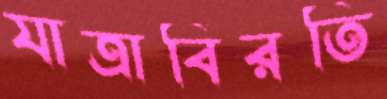
যাত্রাবিরতি